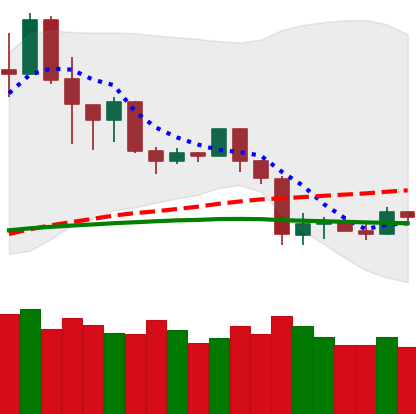
Ticker: TRX-USD
Chart end date: 2020-03-03
Forward return: -13.925%
Label: down_7plus